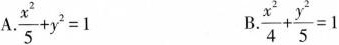
A.$$\frac { x ^ { 2 } } { 5 } + y ^ { 2 } = 1$$ B.$$\frac { x ^ { 2 } } { 4 } + \frac { y ^ { 2 } } { 5 } = 1$$